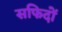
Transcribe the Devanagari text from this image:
सफिदों